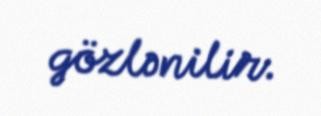
gözlənilir.